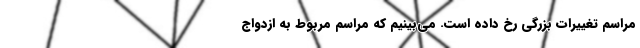
مراسم تغییرات بزرگی رخ داده است. می‌بینیم که مراسم مربوط به ازدواج